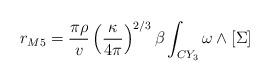
LaTeX: \begin{align*}r_{M5} = \frac{\pi\rho}{v}\left(\frac{\kappa}{4\pi}\right)^{2/3} \beta \int_{CY_3} \omega \wedge [\Sigma ]\end{align*}